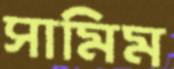
সামিম